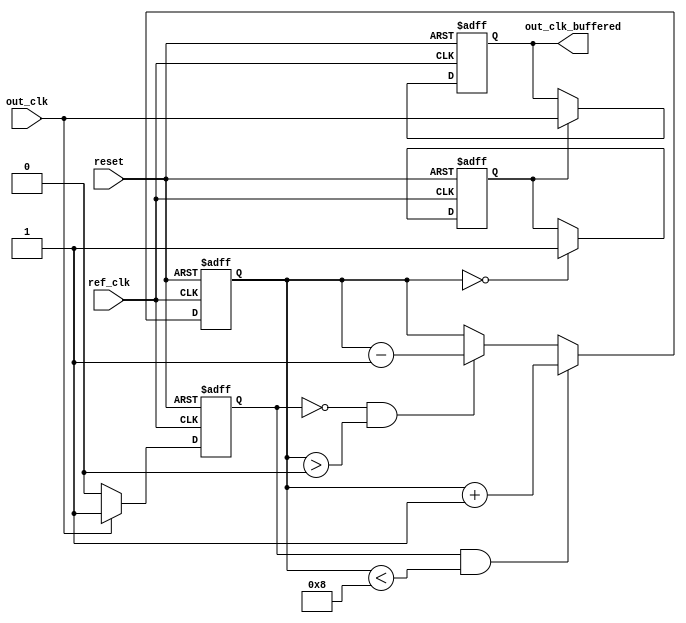
module dll #(parameter DELAY_RANGE = 8) (
    input wire ref_clk,            // Reference clock input
    input wire out_clk,            // Output clock (feedback)
    input wire reset,              // Active high reset
    output reg out_clk_buffered    // Buffered output clock
);

// Internal signals
reg [DELAY_RANGE-1:0] delay_line;     // Delay line (array of memory blocks)
reg [3:0] delay_count;                 // Number of active delay blocks
reg phase_error;                       // Phase error signal
reg phase_locked;                      // Indicates if DLL is locked

// Phase Detector
always @(posedge ref_clk or posedge reset) begin
    if (reset) begin
        phase_error <= 0;
    end else begin
        // Simple phase error detection logic
        if (out_clk) begin
            phase_error <= 1; // out_clk leads ref_clk
        end else begin
            phase_error <= 0; // ref_clk leads out_clk
        end
    end
end

// Control Logic
always @(posedge ref_clk or posedge reset) begin
    if (reset) begin
        delay_count <= 0;
        phase_locked <= 0;
    end else begin
        // Adjust delay based on phase error
        if (phase_error && delay_count < DELAY_RANGE) begin
            delay_count <= delay_count + 1; // Increase delay
        end else if (!phase_error && delay_count > 0) begin
            delay_count <= delay_count - 1; // Decrease delay
        end

        // Check if locked: if delay_count is zero, we are locked
        if (delay_count == 0) begin
            phase_locked <= 1;
        end
    end
end

// Delay Line
always @(posedge ref_clk or posedge reset) begin
    if (reset) begin
        delay_line <= 0; // Reset delay line
    end else begin
        // Shift in the new delay value
        delay_line <= {(DELAY_RANGE-1){1'b0}} | (delay_count > 0);
    end
end

// Output Clock Buffering
always @(posedge ref_clk or posedge reset) begin
    if (reset) begin
        out_clk_buffered <= 0; // Reset buffered output
    end else if (phase_locked) begin
        // Buffer the output clock with the adjusted delay
        out_clk_buffered <= #delay_count out_clk; // Introduces the delay
    end
end

endmodule